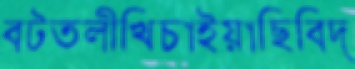
বটতলীখিচাইয়াছিবিদ্